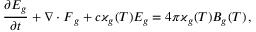
\frac { \partial E _ { g } } { \partial t } + \boldsymbol { \nabla } \cdot \boldsymbol { F } _ { g } + c \varkappa _ { g } ( T ) E _ { g } = 4 \pi \varkappa _ { g } ( T ) B _ { g } ( T ) \, ,